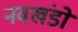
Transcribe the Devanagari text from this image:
नवखंडों